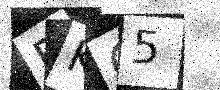
Text: BK65